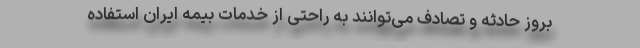
بروز حادثه و تصادف می‌توانند به راحتی از خدمات بیمه ایران استفاده